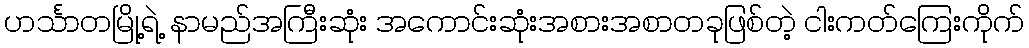
ဟင်္သာတမြို့ရဲ့ နာမည်အကြီးဆုံး အကောင်းဆုံးအစားအစာတခုဖြစ်တဲ့ ငါးကတ်ကြေးကိုက်